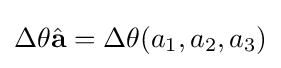
\Delta \theta {\hat {\mathbf {a} }}=\Delta \theta (a_{1},a_{2},a_{3})